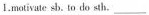
I. motivate sb. To do sth.___